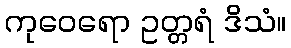
ကုဝေရော ဥတ္တရံ ဒိသံ။